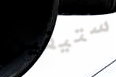
ستيفين